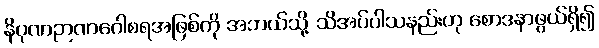
နိပုဏဉာဏဂေါစရအဖြစ်ကို အဘယ်သို့ သိအပ်ပါသနည်းဟု စောဒနာဖွယ်ရှိ၍